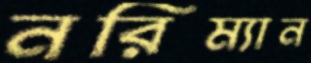
নরিম্যান